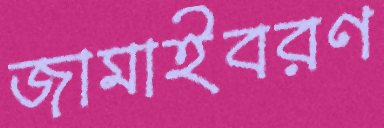
জামাইবরণ